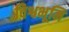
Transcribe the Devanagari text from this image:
विश्वभूमि